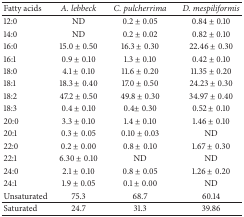
<table><thead><tr><td><b>Fatty acids</b></td><td><b><i>A. lebbeck </i></b></td><td><b><i>C. pulcherrima </i></b></td><td><b><i>D. mespiliformis </i></b></td></tr></thead><tbody><tr><td>12:0</td><td>ND</td><td>0.2 ± 0.05</td><td>0.84 ± 0.10</td></tr><tr><td>14:0</td><td>ND</td><td>0.2 ± 0.02</td><td> 0.82 ± 0.10</td></tr><tr><td>16:0</td><td>15.0 ± 0.50</td><td>16.3 ± 0.30</td><td>22.46 ± 0.30</td></tr><tr><td>16:1</td><td> 0.9 ± 0.10</td><td>1.3 ± 0.10 </td><td>0.42 ± 0.10</td></tr><tr><td>18:0</td><td>4.1 ± 0.10</td><td>11.6 ± 0.20</td><td>11.35 ± 0.20</td></tr><tr><td>18:1</td><td>18.3 ± 0.40</td><td>17.0 ± 0.50</td><td>24.23 ± 0.30</td></tr><tr><td>18:2</td><td>47.2 ± 0.50</td><td>49.8 ± 0.30</td><td>34.97 ± 0.40</td></tr><tr><td>18:3</td><td>0.4 ± 0.10</td><td> 0.4± 0.30</td><td>0.52 ± 0.10</td></tr><tr><td>20:0</td><td>3.3 ± 0.10 </td><td>1.4 ± 0.10</td><td>1.46 ± 0.10</td></tr><tr><td>20:1</td><td>0.3 ± 0.05</td><td>0.10 ± 0.03</td><td>ND</td></tr><tr><td>22:0</td><td>0.2 ± 0.00</td><td>0.8 ± 0.10</td><td>1.67 ± 0.30</td></tr><tr><td>22:1</td><td>6.30 ± 0.10</td><td>ND</td><td>ND</td></tr><tr><td>24:0</td><td>2.1 ± 0.10</td><td>0.8 ± 0.05</td><td>1.26 ± 0.20</td></tr><tr><td>24:1</td><td>1.9 ± 0.05</td><td>0.1 ± 0.00</td><td>ND</td></tr><tr><td>Unsaturated</td><td>75.3</td><td>68.7</td><td> 60.14</td></tr><tr><td>Saturated</td><td>24.7</td><td>31.3</td><td>39.86</td></tr></tbody></table>